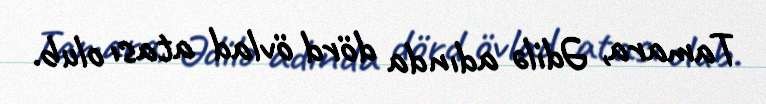
Tamara, Ədilə adında dörd övlad atası olub.